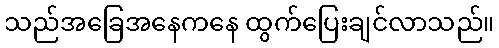
သည်အခြေအနေကနေ ထွက်ပြေးချင်လာသည်။